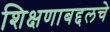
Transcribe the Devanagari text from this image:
शिक्षणाबद्दलचे